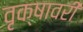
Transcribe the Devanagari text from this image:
वृक्षावरी